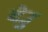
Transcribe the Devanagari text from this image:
देउु